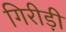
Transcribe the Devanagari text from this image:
गिरीड़ी